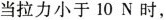
当拉力小于10N时，